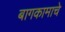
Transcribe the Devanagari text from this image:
बागकामाचे